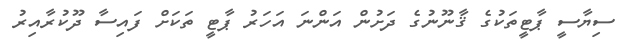
ސިޔާސީ ޕާޓީތަކުގެ ޤާނޫނުގެ ދަށުން އަންނަ އަހަރު ޕާޓީ ތަކަށް ފައިސާ ދޫކުރާއިރު